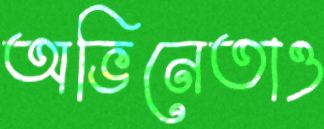
অভিনেতাও